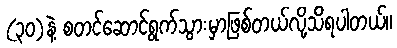
(၃၀)နဲ့ စတင်ဆောင်ရွက်သွားမှာဖြစ်တယ်လို့သိရပါတယ်။